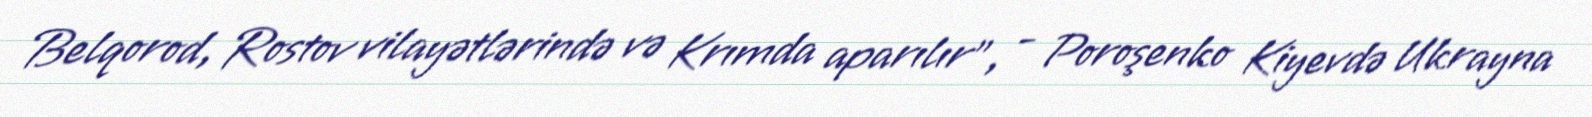
Belqorod, Rostov vilayətlərində və Krımda aparılır”, - Poroşenko Kiyevdə Ukrayna